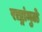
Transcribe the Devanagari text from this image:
राष्ट्रांमुळे